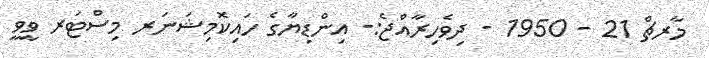
މާރޗް 21 - 1950 - ދިވެހިރާއްޖެ:- އިންޑިޔާގެ ހައިކޮމިޝަނަރ މިސްޓަރ ވީވީ